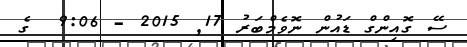
ސޭ ގޮއިންގް ޑައުން ނޮވެމްބަރު 17